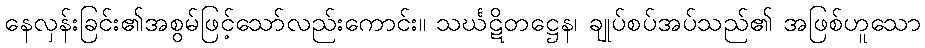
နေလှန်းခြင်း၏အစွမ်ဖြင့်သော်လည်းကောင်း။ သင်္ဃဋိတဋ္ဌေန၊ ချုပ်စပ်အပ်သည်၏ အဖြစ်ဟူသော